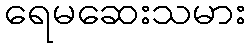
ရေမဆေးသမား